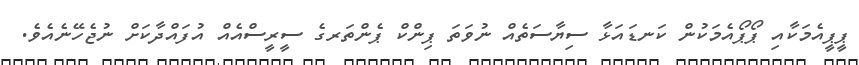
ޕީޕީއެމަކާއި ޕޯޕޯއެމަކުން ކަނޑައަޅާ ސިޔާސަތެއް ނުވަތަ ޕިންކް ޕެންތަރގެ ސީރީސްއެއް އުފައްދާކަށް ނުޖެހޭނެއެވެ.